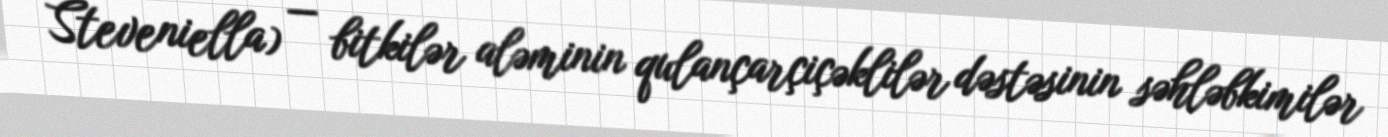
Steveniella) — bitkilər aləminin qulançarçiçəklilər dəstəsinin səhləbkimilər